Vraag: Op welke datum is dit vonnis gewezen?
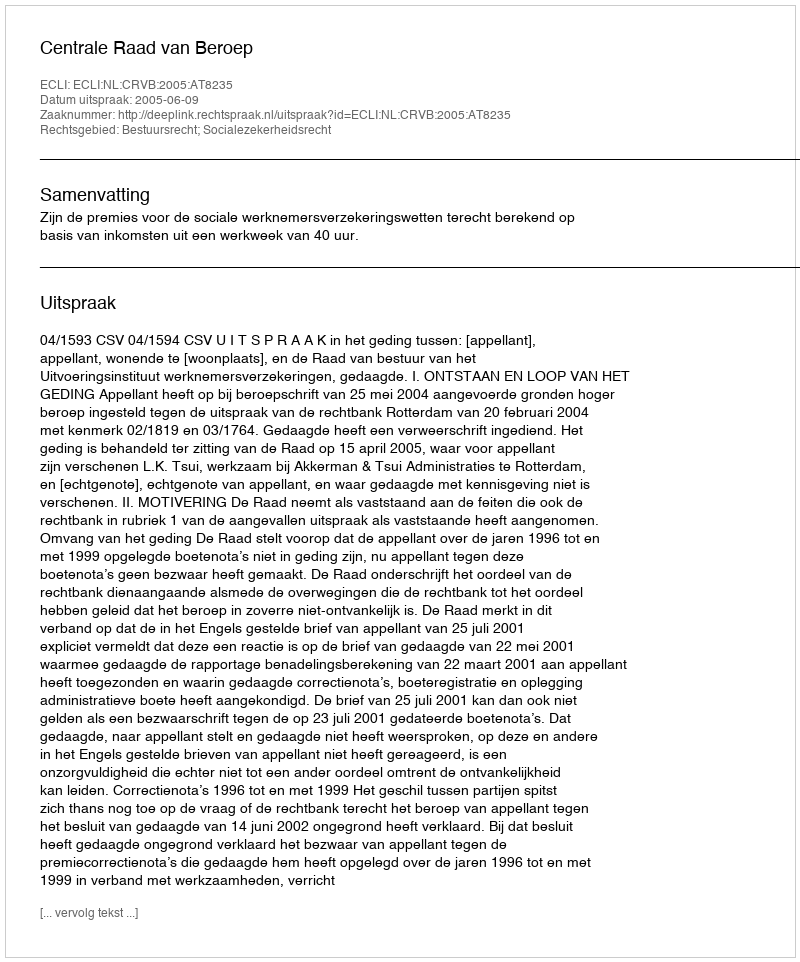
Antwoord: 2005-06-09